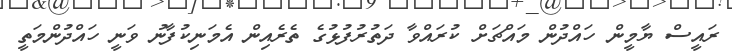
ރައީސް ޔާމީން ހައްދުން މައްޗަށް ކުރައްވާ ދަތުރުފުޅުގެ ތެރެއިން އެމަނިކުފާނު ވަނީ ހައްދުންމަތީ